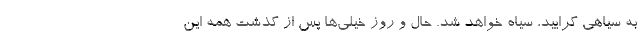
به سیاهی گرایید، سیاه خواهد شد. حال و روز خیلی‌ها پس از گذشت همه این